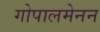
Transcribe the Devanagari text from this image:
गोपालमेनन